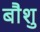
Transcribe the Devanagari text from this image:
बौशु